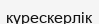
күрескерлік